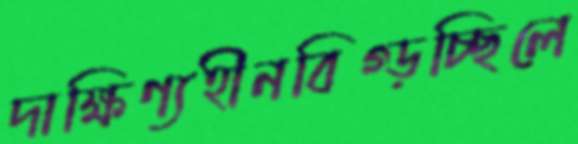
দাক্ষিণ্যহীনবিগ্‌ড়চ্ছিলে